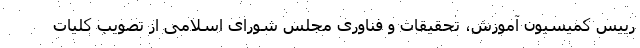
رییس کمیسیون آموزش، تحقیقات و فناوری مجلس شورای اسلامی از تصویب کلیات